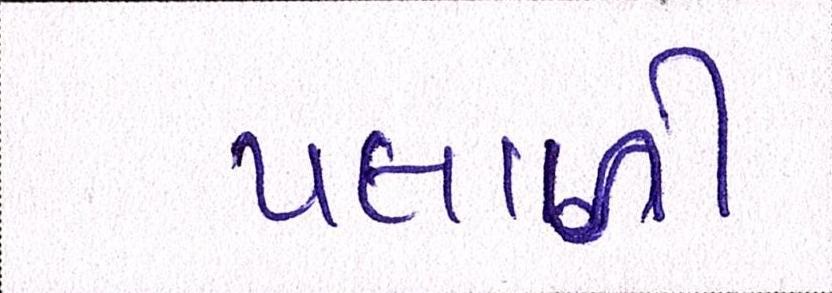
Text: પલાળી